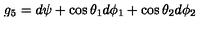
g _ { 5 } = d \psi + \cos \theta _ { 1 } d \phi _ { 1 } + \cos \theta _ { 2 } d \phi _ { 2 }